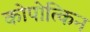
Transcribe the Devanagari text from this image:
कोपोत्किन